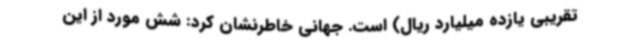
تقریبی یازده میلیارد ریال) است. جهانی خاطرنشان کرد: شش مورد از این